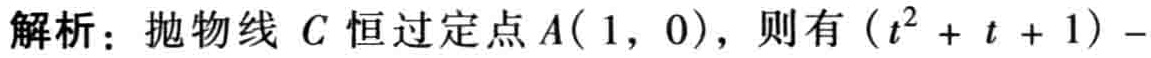
解析：抛物线 \(C\) 恒过定点 \(A(1,0)\)，则有 \((t^{2}+t + 1)-\)